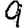
Digit: 9